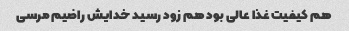
هم کیفیت غذا عالی بود هم زود رسید خدایش راضیم مرسی